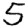
Digit: 5